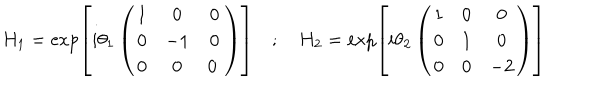
H _ { 1 } = \exp \left[ i \theta _ { 1 } \left( \begin{array} { c c c } { { 1 } } & { { 0 } } & { { 0 } } \\ { { 0 } } & { { - 1 } } & { { 0 } } \\ { { 0 } } & { { 0 } } & { { 0 \ } } \\ \end{array} \right) \right] \quad ; \quad H _ { 2 } = \exp \left[ i \theta _ { 2 } \left( \begin{array} { c c c } { { 1 } } & { { 0 } } & { { 0 } } \\ { { 0 } } & { { 1 } } & { { 0 } } \\ { { 0 } } & { { 0 } } & { { - 2 } } \\ \end{array} \right) \right]